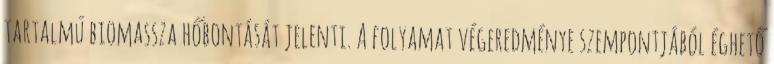
tartalmú biomassza hőbontását jelenti. A folyamat végeredménye szempontjából éghető